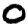
Digit: 0